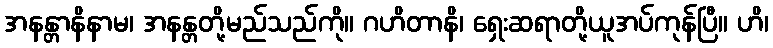
အနန္တာနိနာမ၊ အနန္တတို့မည်သည်ကို။ ဂဟိတာနိ၊ ရှေးဆရာတို့ယူအပ်ကုန်ပြီ။ ဟိ၊